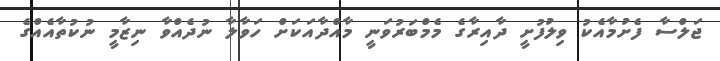
ޖަލްސާ ފެށުމާއެކު ވިިލުފުށީ ދާއިރާގެ މެމްބަރުވަނީ މާއްދާއަކަށް ހަވާލާ ނުދެއްވާ ނިޒާމީ ނުކުތާއެއްގެ